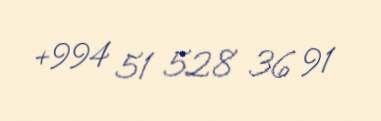
+994 51 528 36 91